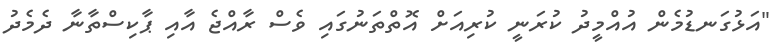
"އަޅުގަނޑުމެން އުއްމީދު ކުރަނީ ކުރިއަށް އޮތްތަނުގައި ވެސް ރާއްޖެ އާއި ޕާކިސްތާނާ ދެމެދު